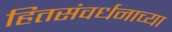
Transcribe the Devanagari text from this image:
हितसंवर्धनाच्या